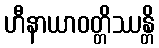
ဟီနာယာဝတ္တိဿန္တိ